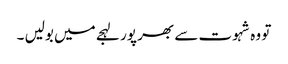
تو وہ شہوت سے بھر پور لہجے میں بولیں ۔